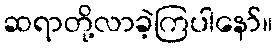
ဆရာတို့လာခဲ့ကြပါနော်။